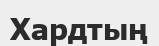
Хардтың